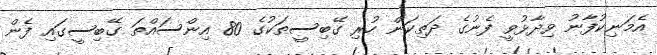
އެމަނިކުފާނު ވިދާޅުވީ ފެނުގެ ދަތިކަން ހުރި ގޭބިސީތަކުގެ 80 އިންސައްތަ ގޭބިސީގައި ފެން